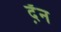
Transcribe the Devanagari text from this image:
द़ॅन